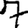
Digit: 7